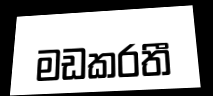
මඩකරතී